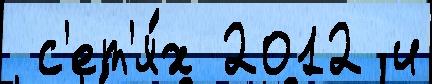
 с'ет'я́х 2012 и